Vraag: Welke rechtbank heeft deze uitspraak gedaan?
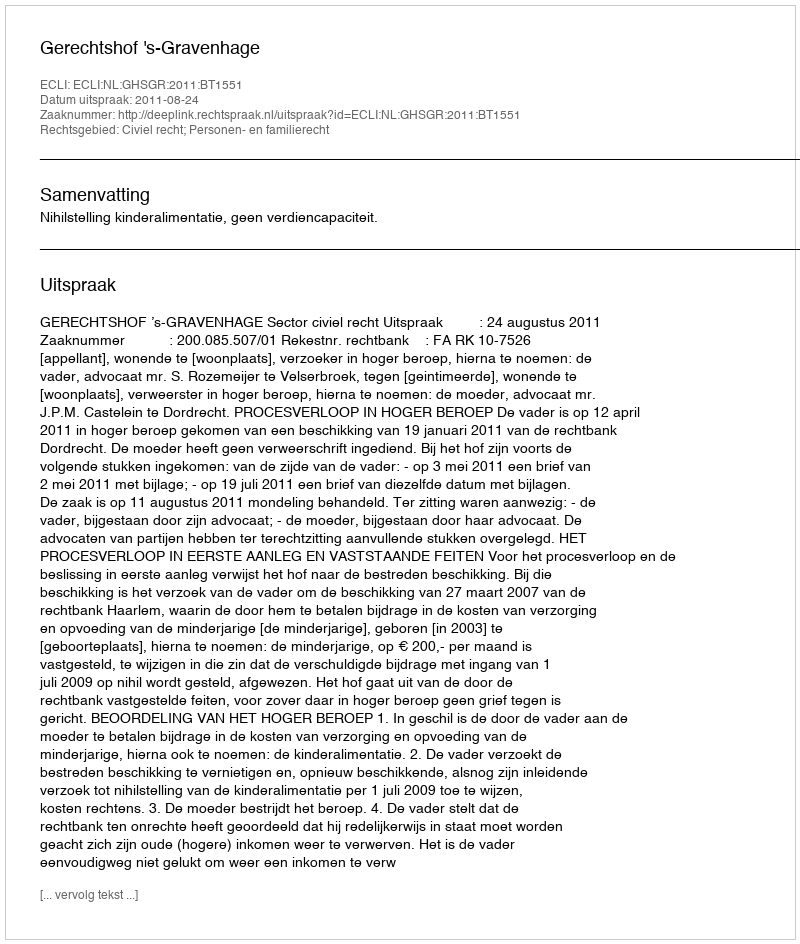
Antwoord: Gerechtshof 's-Gravenhage